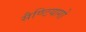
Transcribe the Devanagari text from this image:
सैण्टियागो